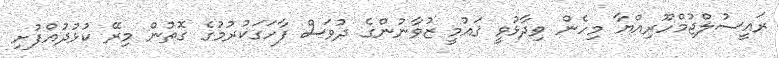
ރައީސުލްޖުމްހޫރިއްޔާ މިހެން ވިދާޅުވީ ޤައުމީ ޒުވާނުންގެ ދުވަސް ފާހަގަކުރުމުގެ ގޮތުން މިރޭ ކުޅުދުއްފުށި